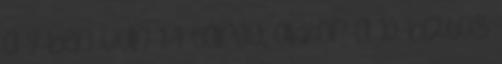
a 9-ben van 1-1 tárgy, akkor a 10. biztos